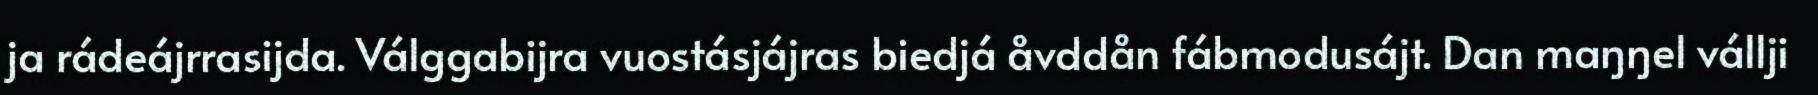
ja rádeájrrasijda. Válggabijra vuostásjájras biedjá åvddån fábmodusájt. Dan maŋŋel vállji